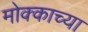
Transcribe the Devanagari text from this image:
मोक्काच्या